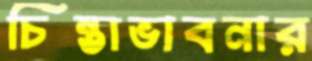
চিন্তাভাবনার